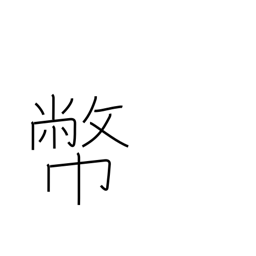
Meaning: gift